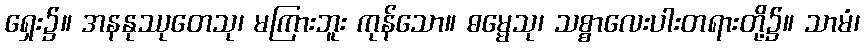
ရှေး၌။ အနနုဿုတေသု၊ မကြားဘူး ကုန်သော။ ဓမ္မေသု၊ သစ္စာလေးပါးတရားတို့၌။ သာမံ၊